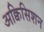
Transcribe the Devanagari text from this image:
अक्विसिशन